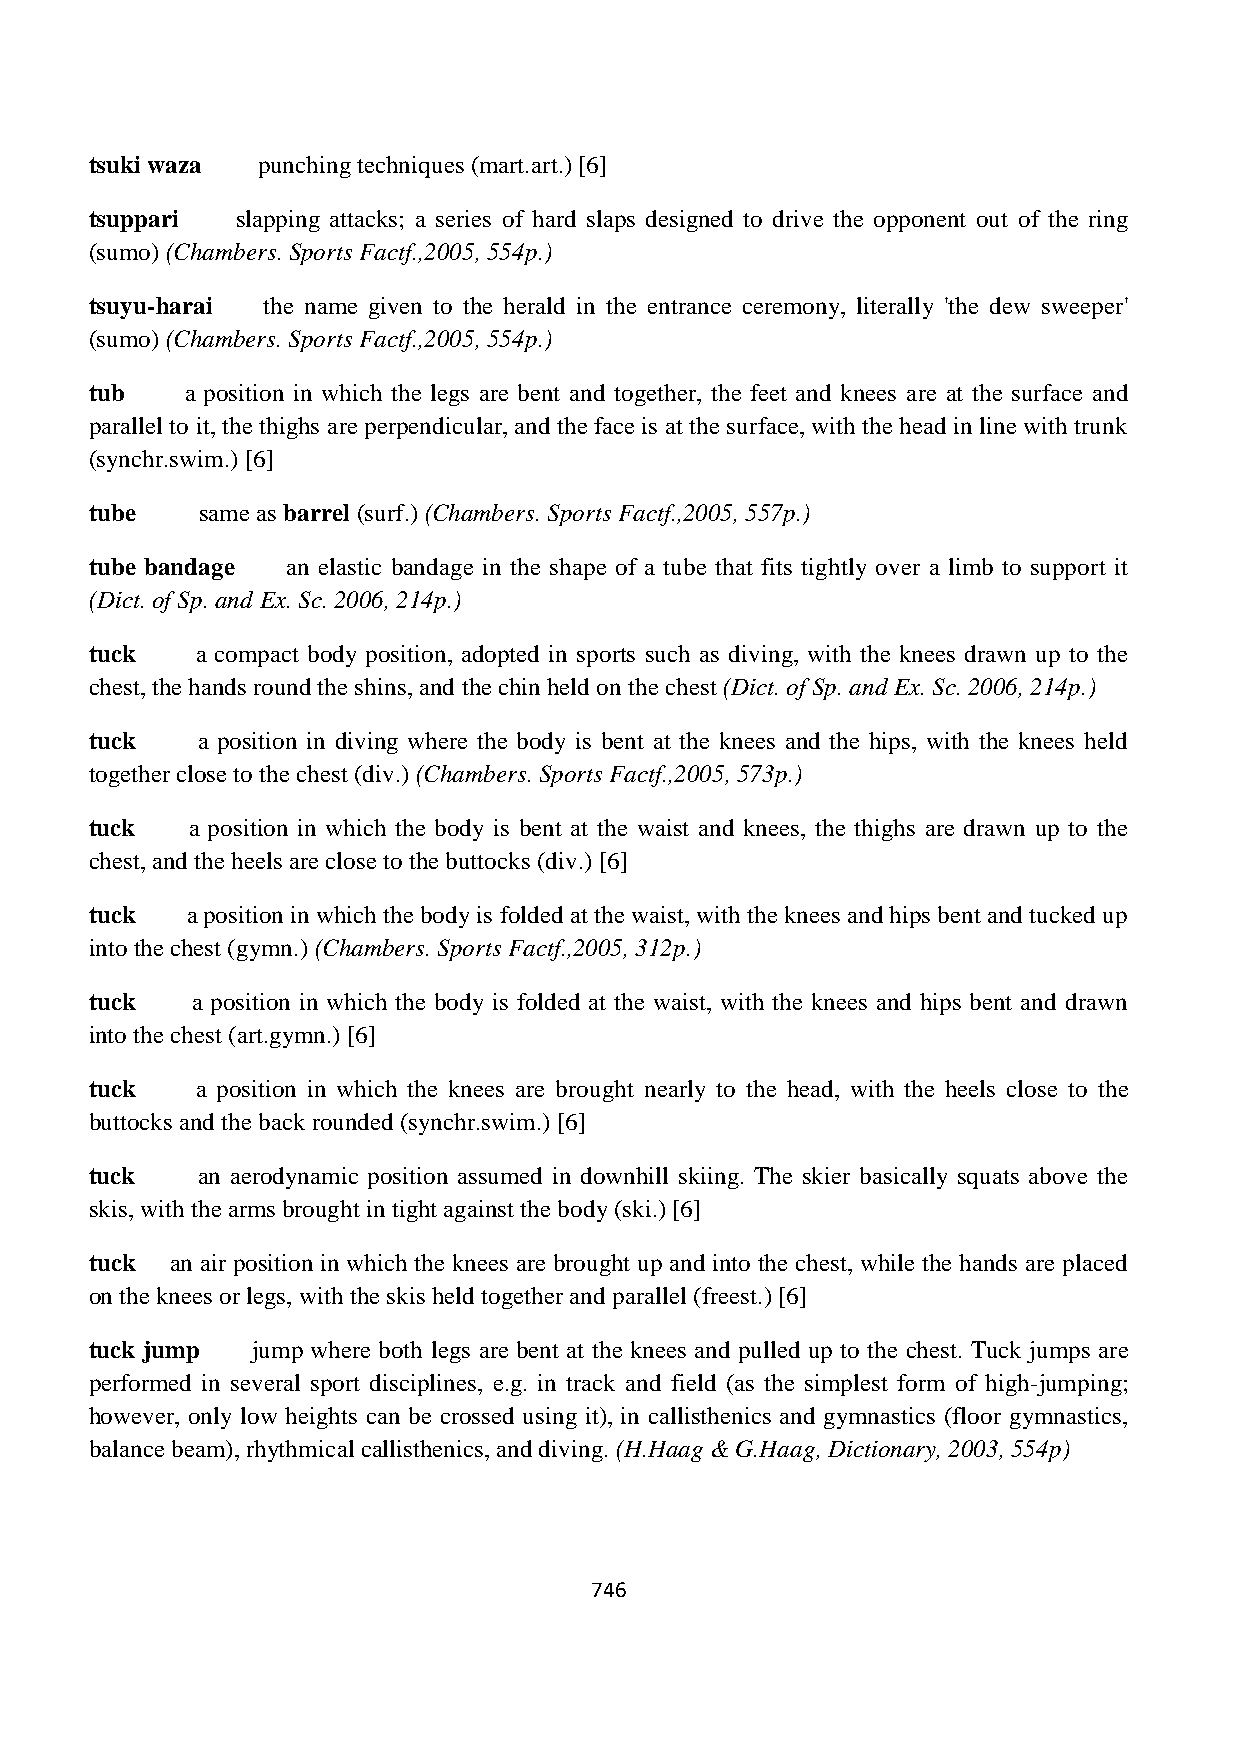
tsuki waza punching techniques (mart.art.) [6]
 tsuppari  slapping attacks; a series of hard slaps designed to drive the opponent out of the ring
 (sumo) (Chambers. Sports Factf.,2005, 554p.)
 tsuyu-harai the name given to the herald in the entrance ceremony, literally 'the dew sweeper'
 (sumo) (Chambers. Sports Factf.,2005, 554p.)
 tub   a position in which the legs are bent and together, the feet and knees are at the surface and
 parallel to it, the thighs are perpendicular, and the face is at the surface, with the head in line with trunk
 (synchr.swim.) [6]
 tube   same as barrel (surf.) (Chambers. Sports Factf.,2005, 557p.)
 tube bandage an elastic bandage in the shape of a tube that fits tightly over a limb to support it
 (Dict. of Sp. and Ex. Sc. 2006, 214p.)
 tuck   a compact body position, adopted in sports such as diving, with the knees drawn up to the
 chest, the hands round the shins, and the chin held on the chest (Dict. of Sp. and Ex. Sc. 2006, 214p.)
 tuck   a position in diving where the body is bent at the knees and the hips, with the knees held
 together close to the chest (div.) (Chambers. Sports Factf.,2005, 573p.)
 tuck  a position in which the body is bent at the waist and knees, the thighs are drawn up to the
 chest, and the heels are close to the buttocks (div.) [6]
 tuck  a position in which the body is folded at the waist, with the knees and hips bent and tucked up
 into the chest (gymn.) (Chambers. Sports Factf.,2005, 312p.)
 tuck   a position in which the body is folded at the waist, with the knees and hips bent and drawn
 into the chest (art.gymn.) [6]
 tuck   a position in which the knees are brought nearly to the head, with the heels close to the
 buttocks and the back rounded (synchr.swim.) [6]
 tuck   an aerodynamic position assumed in downhill skiing. The skier basically squats above the
 skis, with the arms brought in tight against the body (ski.) [6]
 tuck an air position in which the knees are brought up and into the chest, while the hands are placed
 on the knees or legs, with the skis held together and parallel (freest.) [6]
 tuck jump  jump where both legs are bent at the knees and pulled up to the chest. Tuck jumps are
 performed in several sport disciplines, e.g. in track and field (as the simplest form of high-jumping;
 however, only low heights can be crossed using it), in callisthenics and gymnastics (floor gymnastics,
 balance beam), rhythmical callisthenics, and diving. (H.Haag & G.Haag, Dictionary, 2003, 554p)
 746